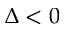
\Delta < 0